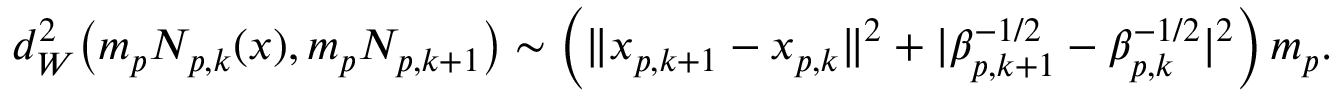
d _ { W } ^ { 2 } \big ( m _ { p } N _ { p , k } ( x ) , m _ { p } N _ { p , k + 1 } \big ) \sim \Big ( \| x _ { p , k + 1 } - x _ { p , k } \| ^ { 2 } + | \beta _ { p , k + 1 } ^ { - 1 / 2 } - \beta _ { p , k } ^ { - 1 / 2 } | ^ { 2 } \Big ) \, m _ { p } .